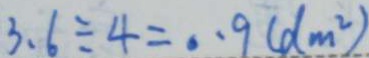
3 . 6 \div 4 = 0 . 9 ( d m ^ { 2 } )